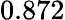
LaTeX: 0.872